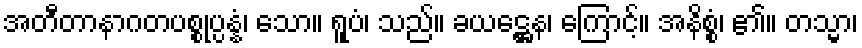
အတီတာနာဂတပစ္စုပ္ပန္နံ၊ သော။ ရူပံ၊ သည်။ ခယဋ္ဌေန၊ ကြောင့်။ အနိစ္စံ၊ ၏။ တသ္မာ၊